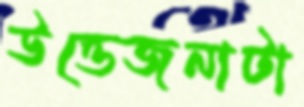
উত্তেজনাটা